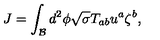
J = \int _ { \mathcal { B } } d ^ { 2 } \phi \sqrt { \sigma } T _ { a b } u ^ { a } \zeta ^ { b } ,